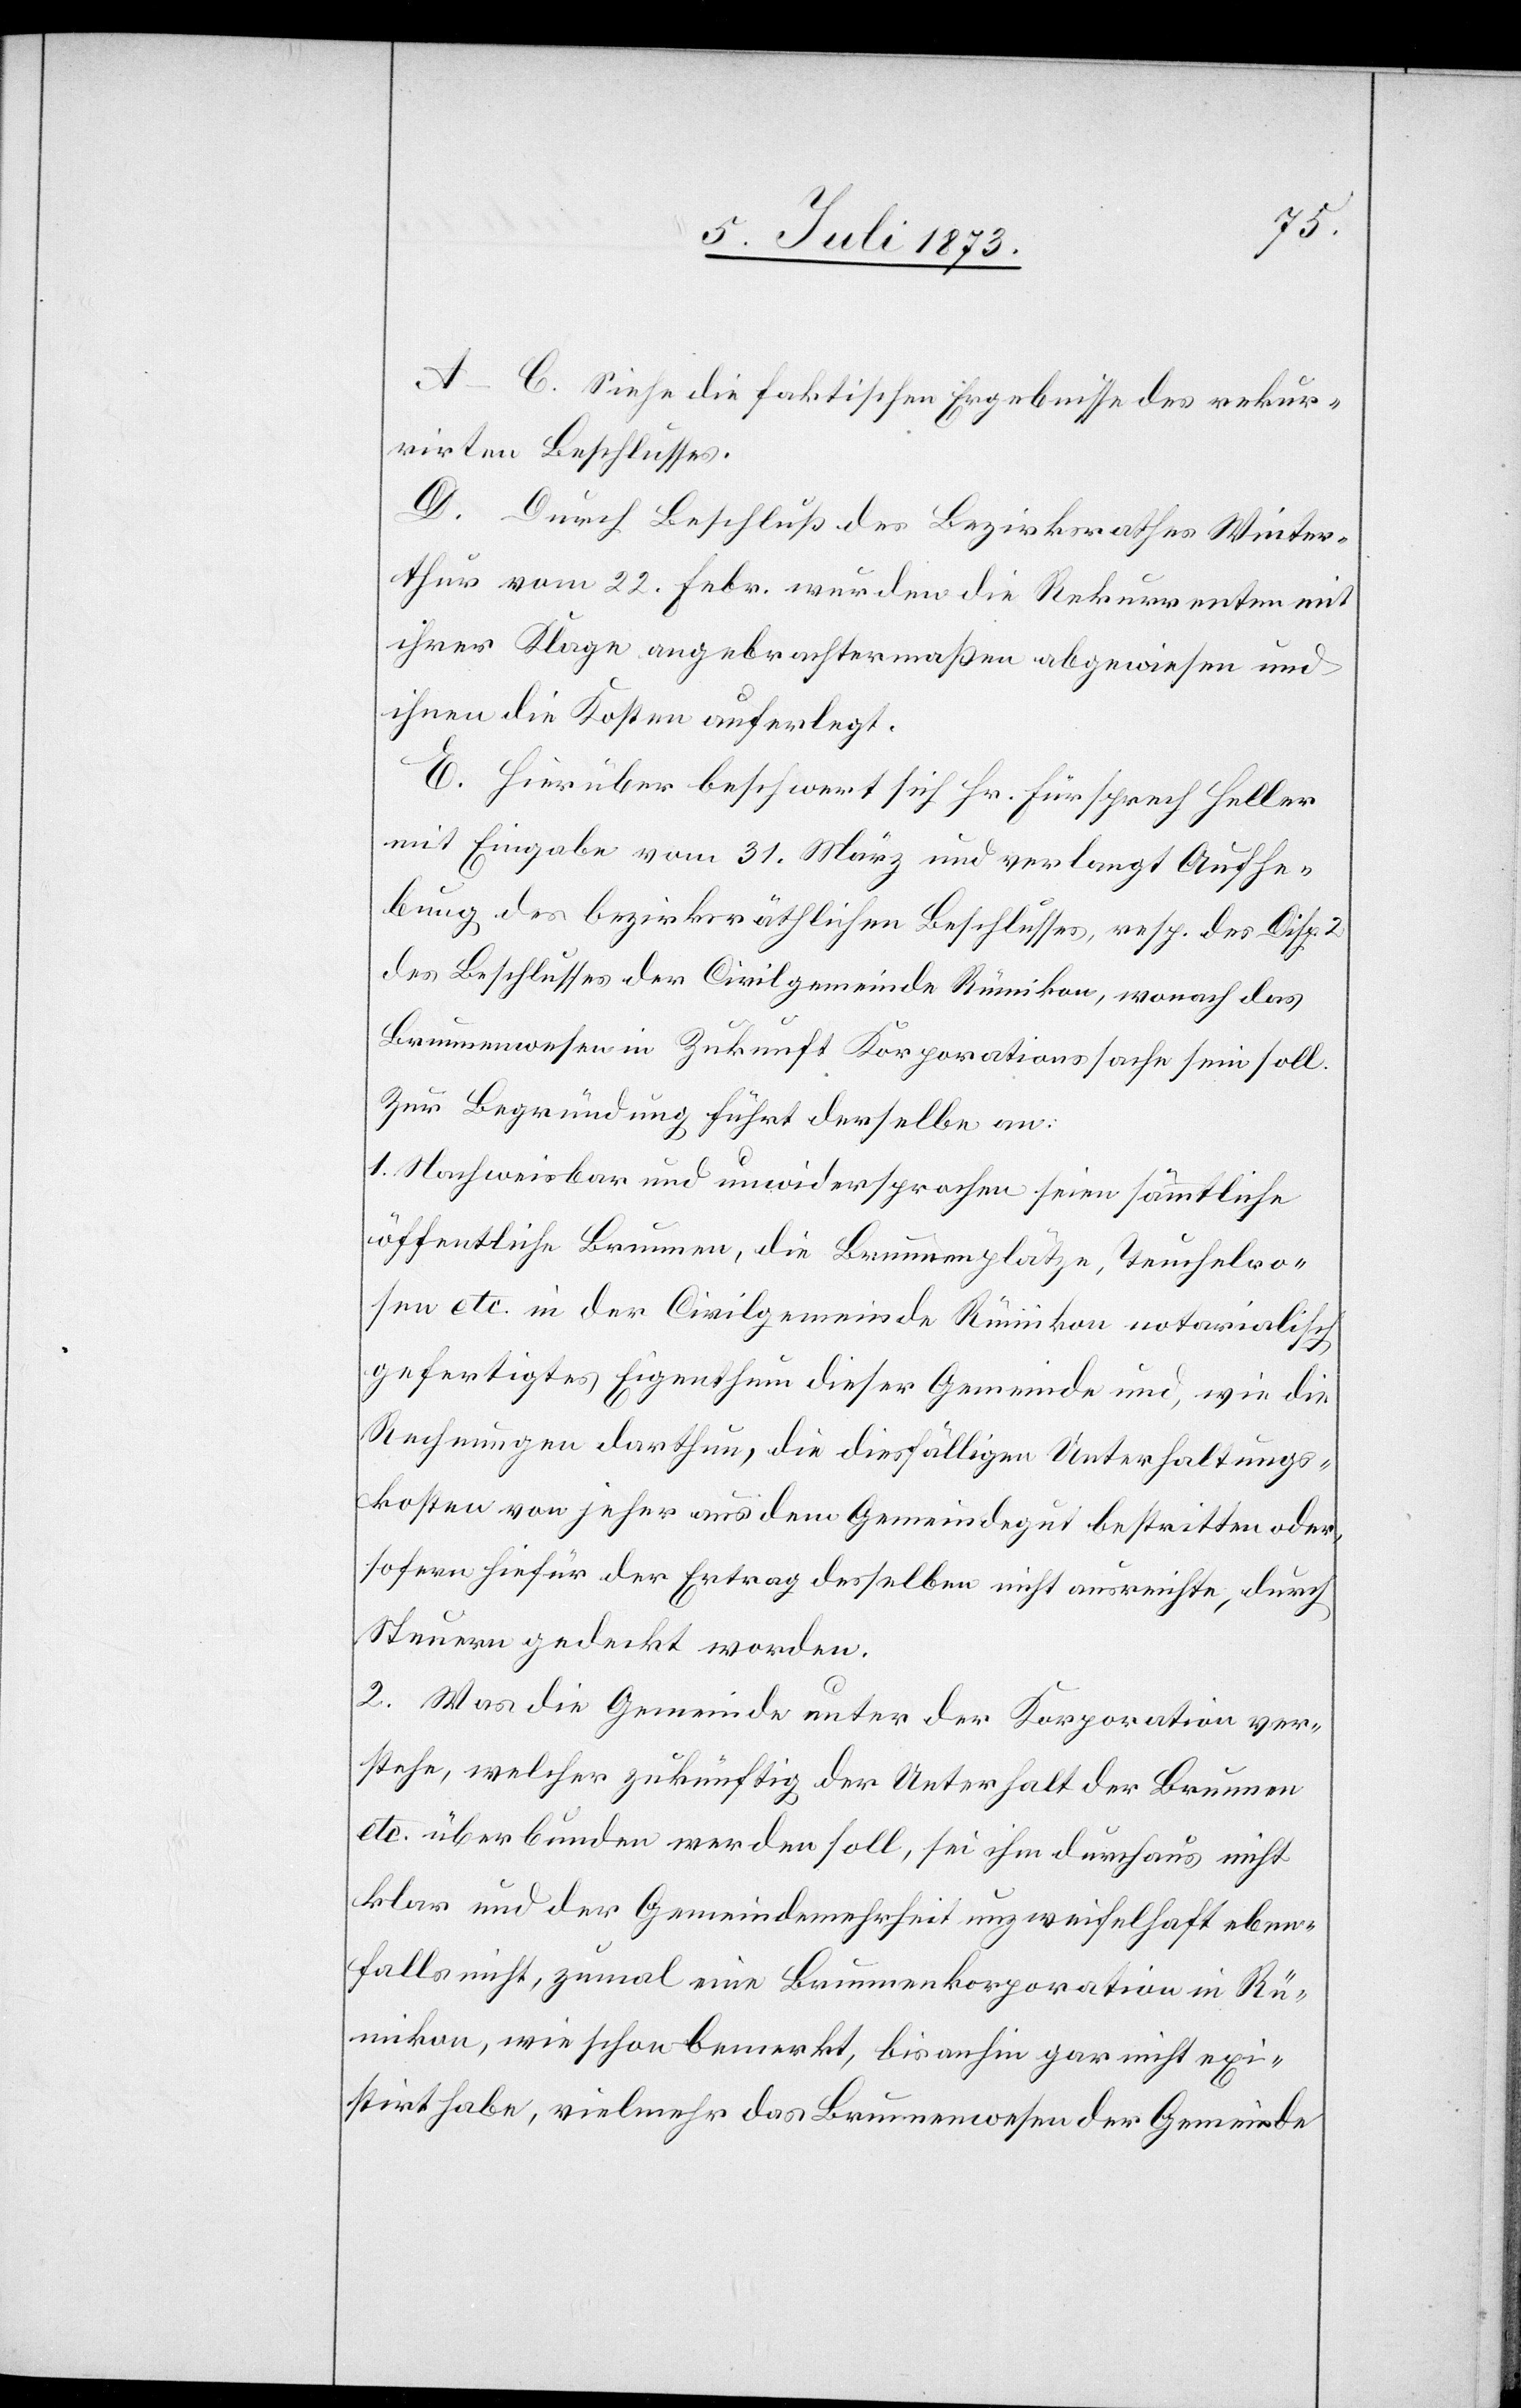
A–C. Siehe die faktischen Ergebnisse des rekur¬
rirten Beschlusses.
D. Durch Beschluß des Bezirksrathes Winter¬
thur vom 22. Febr. wurden die Rekurrenten mit
ihrer Klage angebrachtermaßen abgewiesen und
ihnen die Kosten auferlegt.
E. Hierüber beschwert sich Hr. Fürsprech Heller
mit Eingabe vom 31. März und verlangt Aufhe¬
bung des bezirksräthlichen Beschlusses, resp. der Disp. 2
des Beschlusses der Civilgemeinde Rümikon, wonach das
Brunnenwesen in Zukunft Korporationssache sein soll.
Zur Begründung führt derselbe an:
1. Nachweisbar und unwidersprochen seien sämmtliche
öffentliche Brunnen, die Brunnenplätze, Teuchelro¬
sen etc. in der Civilgemeinde Rümikon notarialisch
gefertigtes Eigenthum dieser Gemeinde und, wie die
Rechnungen darthun, die diesfälligen Unterhaltungs¬
kosten von jeher aus dem Gemeindegut bestritten oder,
sofern hiefür der Ertrag desselben nicht ausreichte, durch
Steuern gedeckt worden.
2. Was die Gemeinde unter der Korporation ver¬
stehe, welcher zukünftig der Unterhalt der Brunnen
etc. überbunden werden soll, sei ihm durchaus nicht
klar und der Gemeindemehrheit unzweifelhaft eben¬
falls nicht, zumal eine Brunnenkorporation in Rü¬
mikon, wie schon bemerkt, bis anhin gar nicht exi¬
stirt habe, vielmehr das Brunnenwesen der Gemeinde